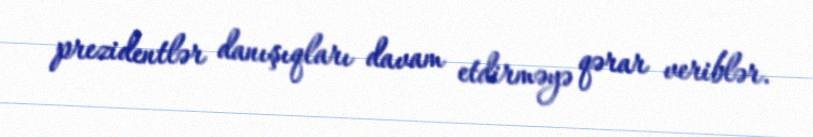
prezidentlər danışıqları davam etdirməyə qərar veriblər.